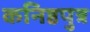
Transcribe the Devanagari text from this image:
कनिष्ठपुत्र